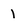
Character: 1